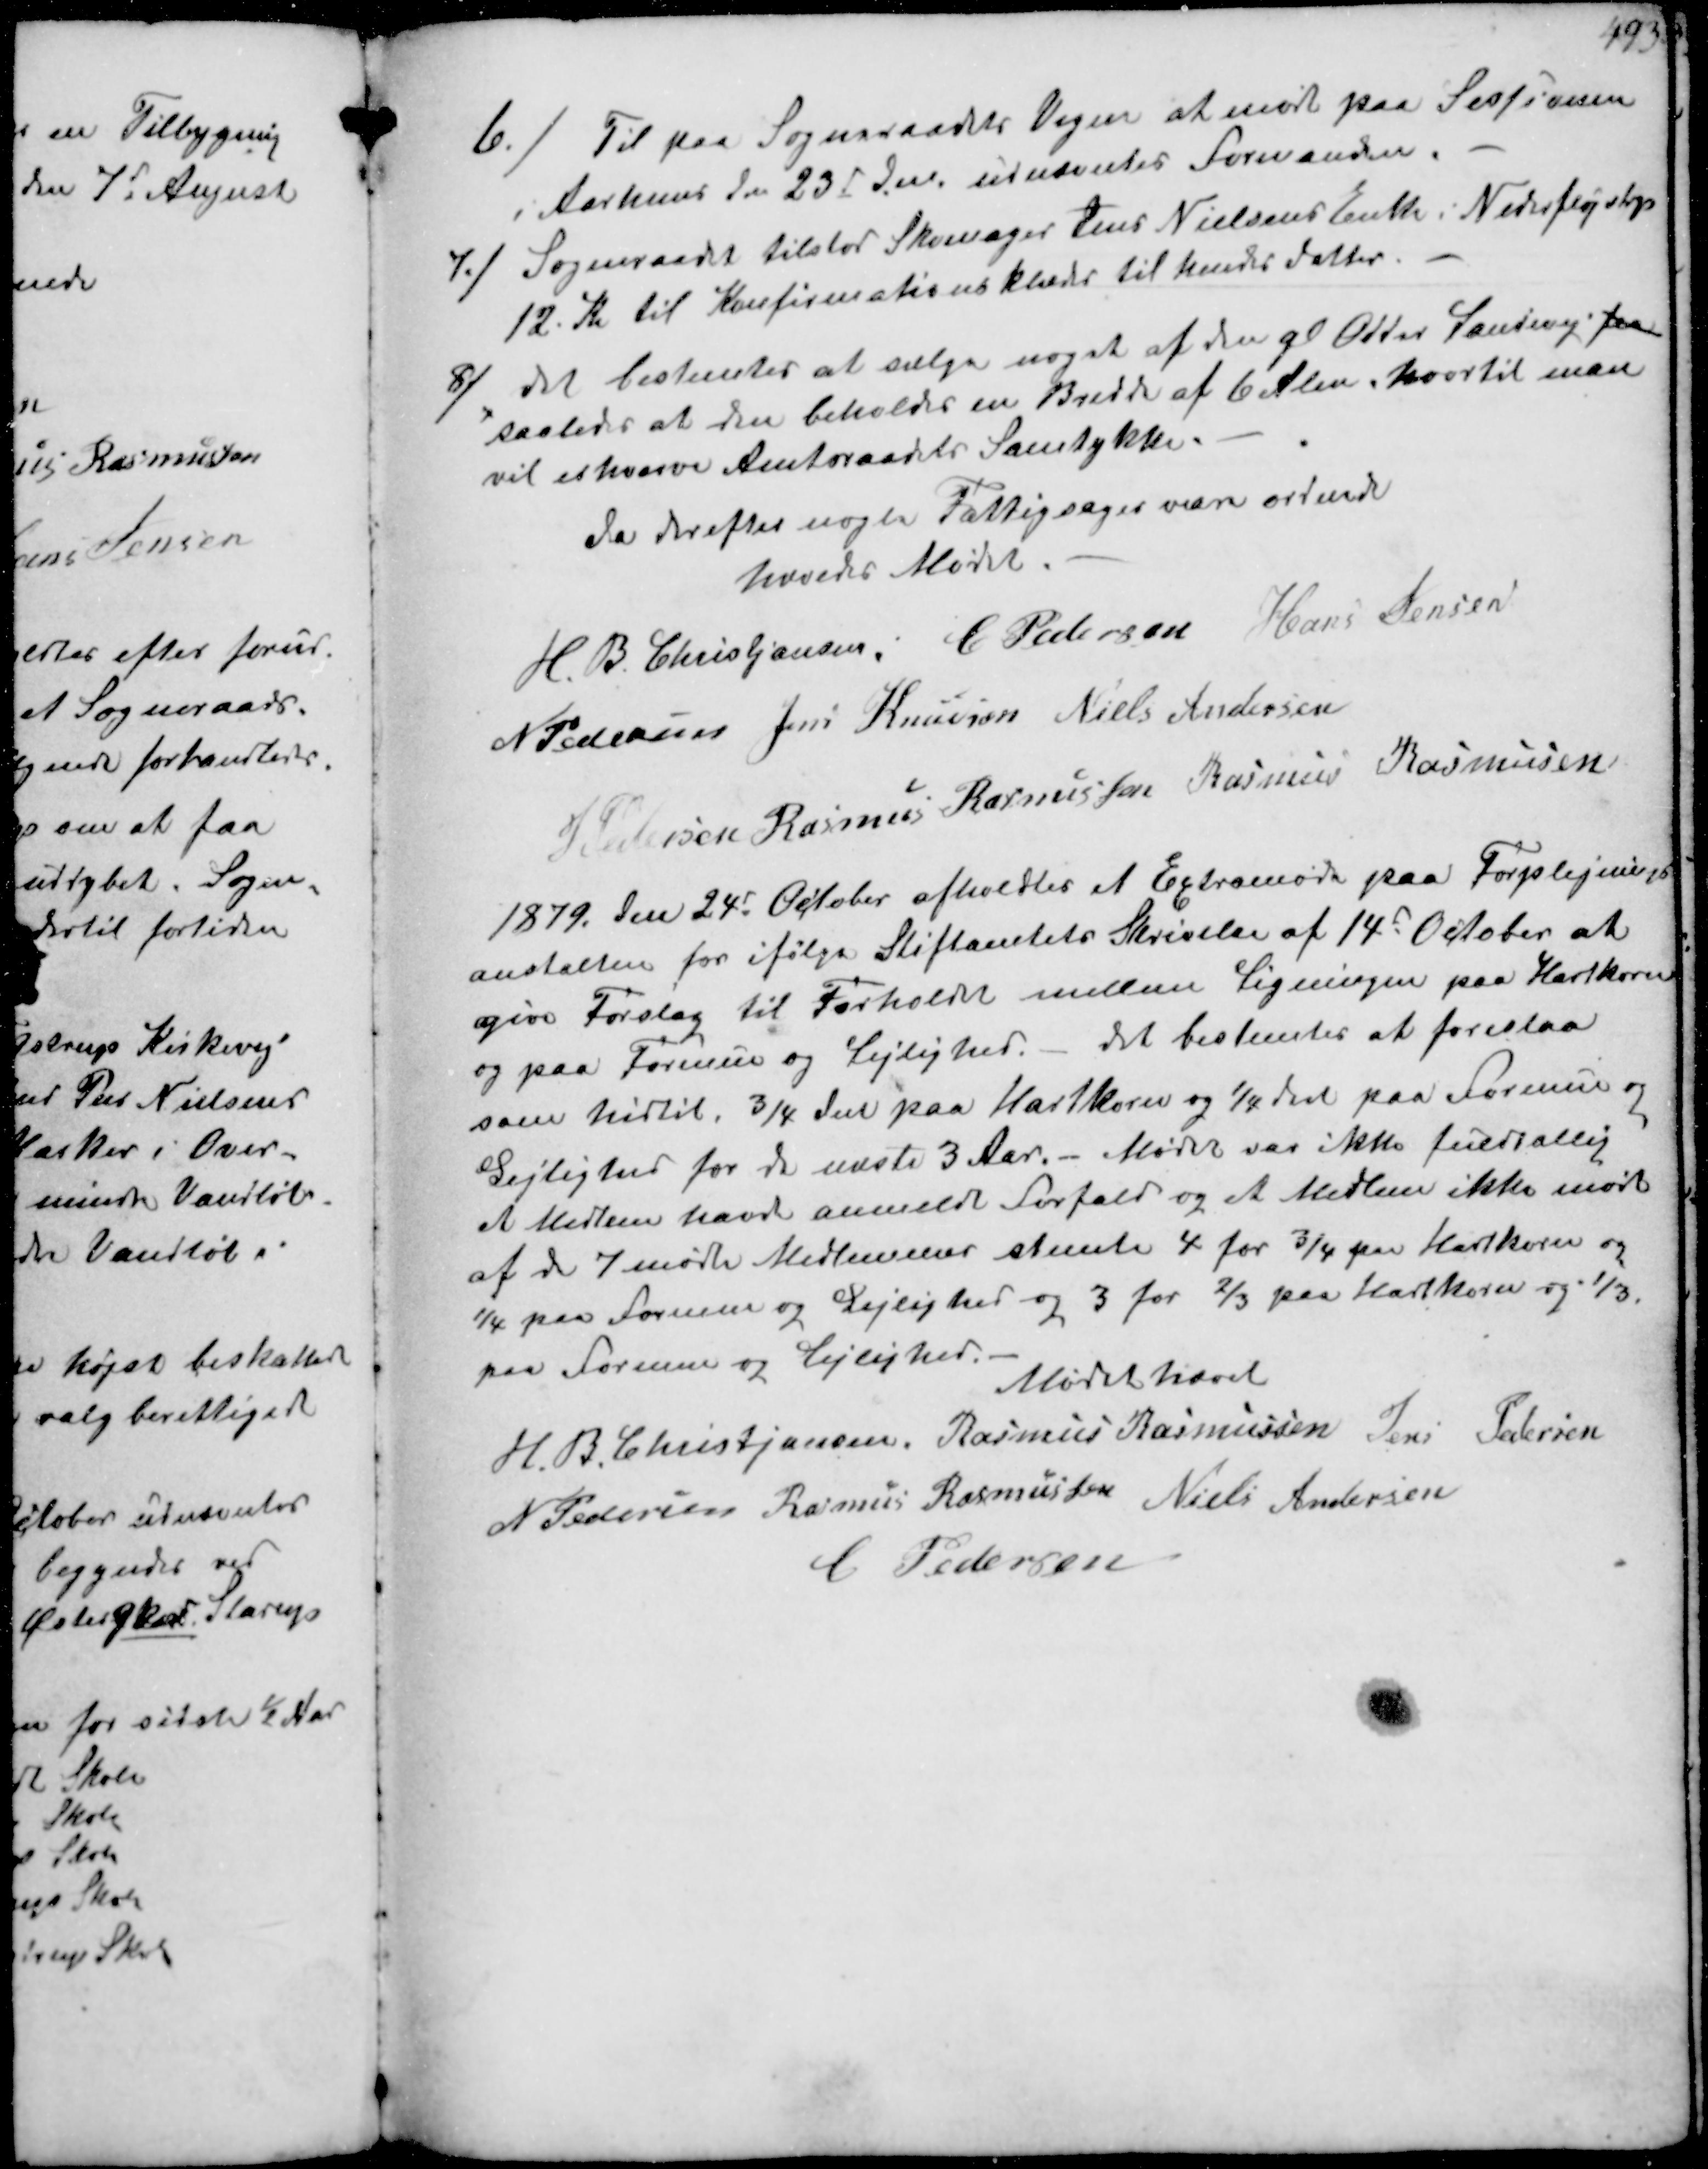
Transskription:
6/
Til paa Sogneraadets Vegne at møde paa Sessionen
i Aarhus den 23d udnævntes Formanden.
7/
Sogneraadet tilstod Skomager Jens Nielsens Enke i Nederfløjstrup
12 Kr til Konfirmationsklæder til hendes Datter.
8/
Det bestemtes at sælge noget af den gl Odder Landevej fra
saaledes at den beholder en Bredde af 6 Alen. hvortil man
vil erhverve Amtsraadets Samtykke.
da derefter nogle Fattigsager vare ordnede
hævedes Mødet
H. B. Christiansen
C Pedersen
Hans Jensen
N Pedersen
Jens Knudsen
Niels Andersen
J Pedersen
Rasmus Rasmussen
Rasmus Rasmusen

1879 den 24d October afholdtes et Extramøde paa Forplejnings-
anstalten for ifølge Stiftamtets Skrivelse af 14d October at
give forslag til Forholdet mellem Ligningen paa Hartkorn
og paa Formue og Lejlighed. - det bestemtes at foreslaa
som hidtil. ¾ Del paa Harkorn og 1/4 Del paa Formue og
Lejlighed for de næste 3 Aar.- Mødet var ikke fuldtallig
et Medlem havde anmeldt Forfald og et Medlem ikke mødt
af de 7 møde Medlemmer stemte 4 for 3/4 paa Hartkorn og
1/4 paa Formue og Lejlighed og 3 for 2/3 paa Hartkorn og 1/3
paa Formue og Lejlighed.
Mødet hævet
H B Christjansen
Rasmus Rasmussen
Jens Pedersen
N Pedersen
Rasmus Rasussen
Niels Andersen
M Pedersen